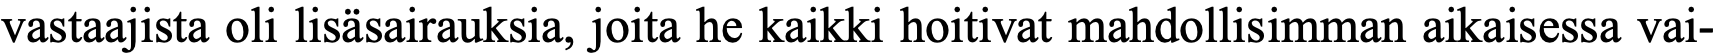
vastaajista oli lisäsairauksia, joita he kaikki hoitivat mahdollisimman aikaisessa vai-